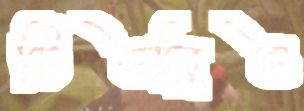
টিডব্লিও